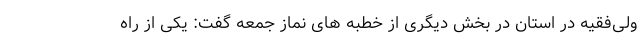
ولی‌فقیه در استان در بخش دیگری از خطبه های نماز جمعه گفت: یکی از راه